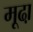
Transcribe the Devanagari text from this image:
मूढा़